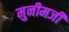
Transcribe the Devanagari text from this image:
मुनीमजी